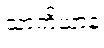
သာကိယာနံ